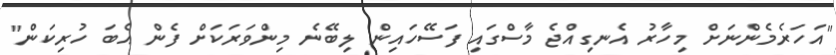
"އަހަރެމެންނަށް މިހާރު އެނގިއްޖެ މާސްގައި ފަސޭހައިން ލިބޭނެ މިންވަރަކަށް ފެން އެބަ ހުރިކަން"